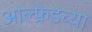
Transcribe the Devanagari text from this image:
आल्फ्रेडच्या